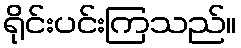
ရိုင်းပင်းကြသည်။